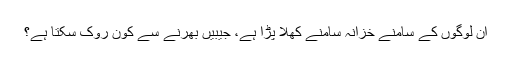
ان لوگوں کے سامنے خزانہ سامنے کھلا پڑا ہے، جیبیں بھرنے سے کون روک سکتا ہے؟